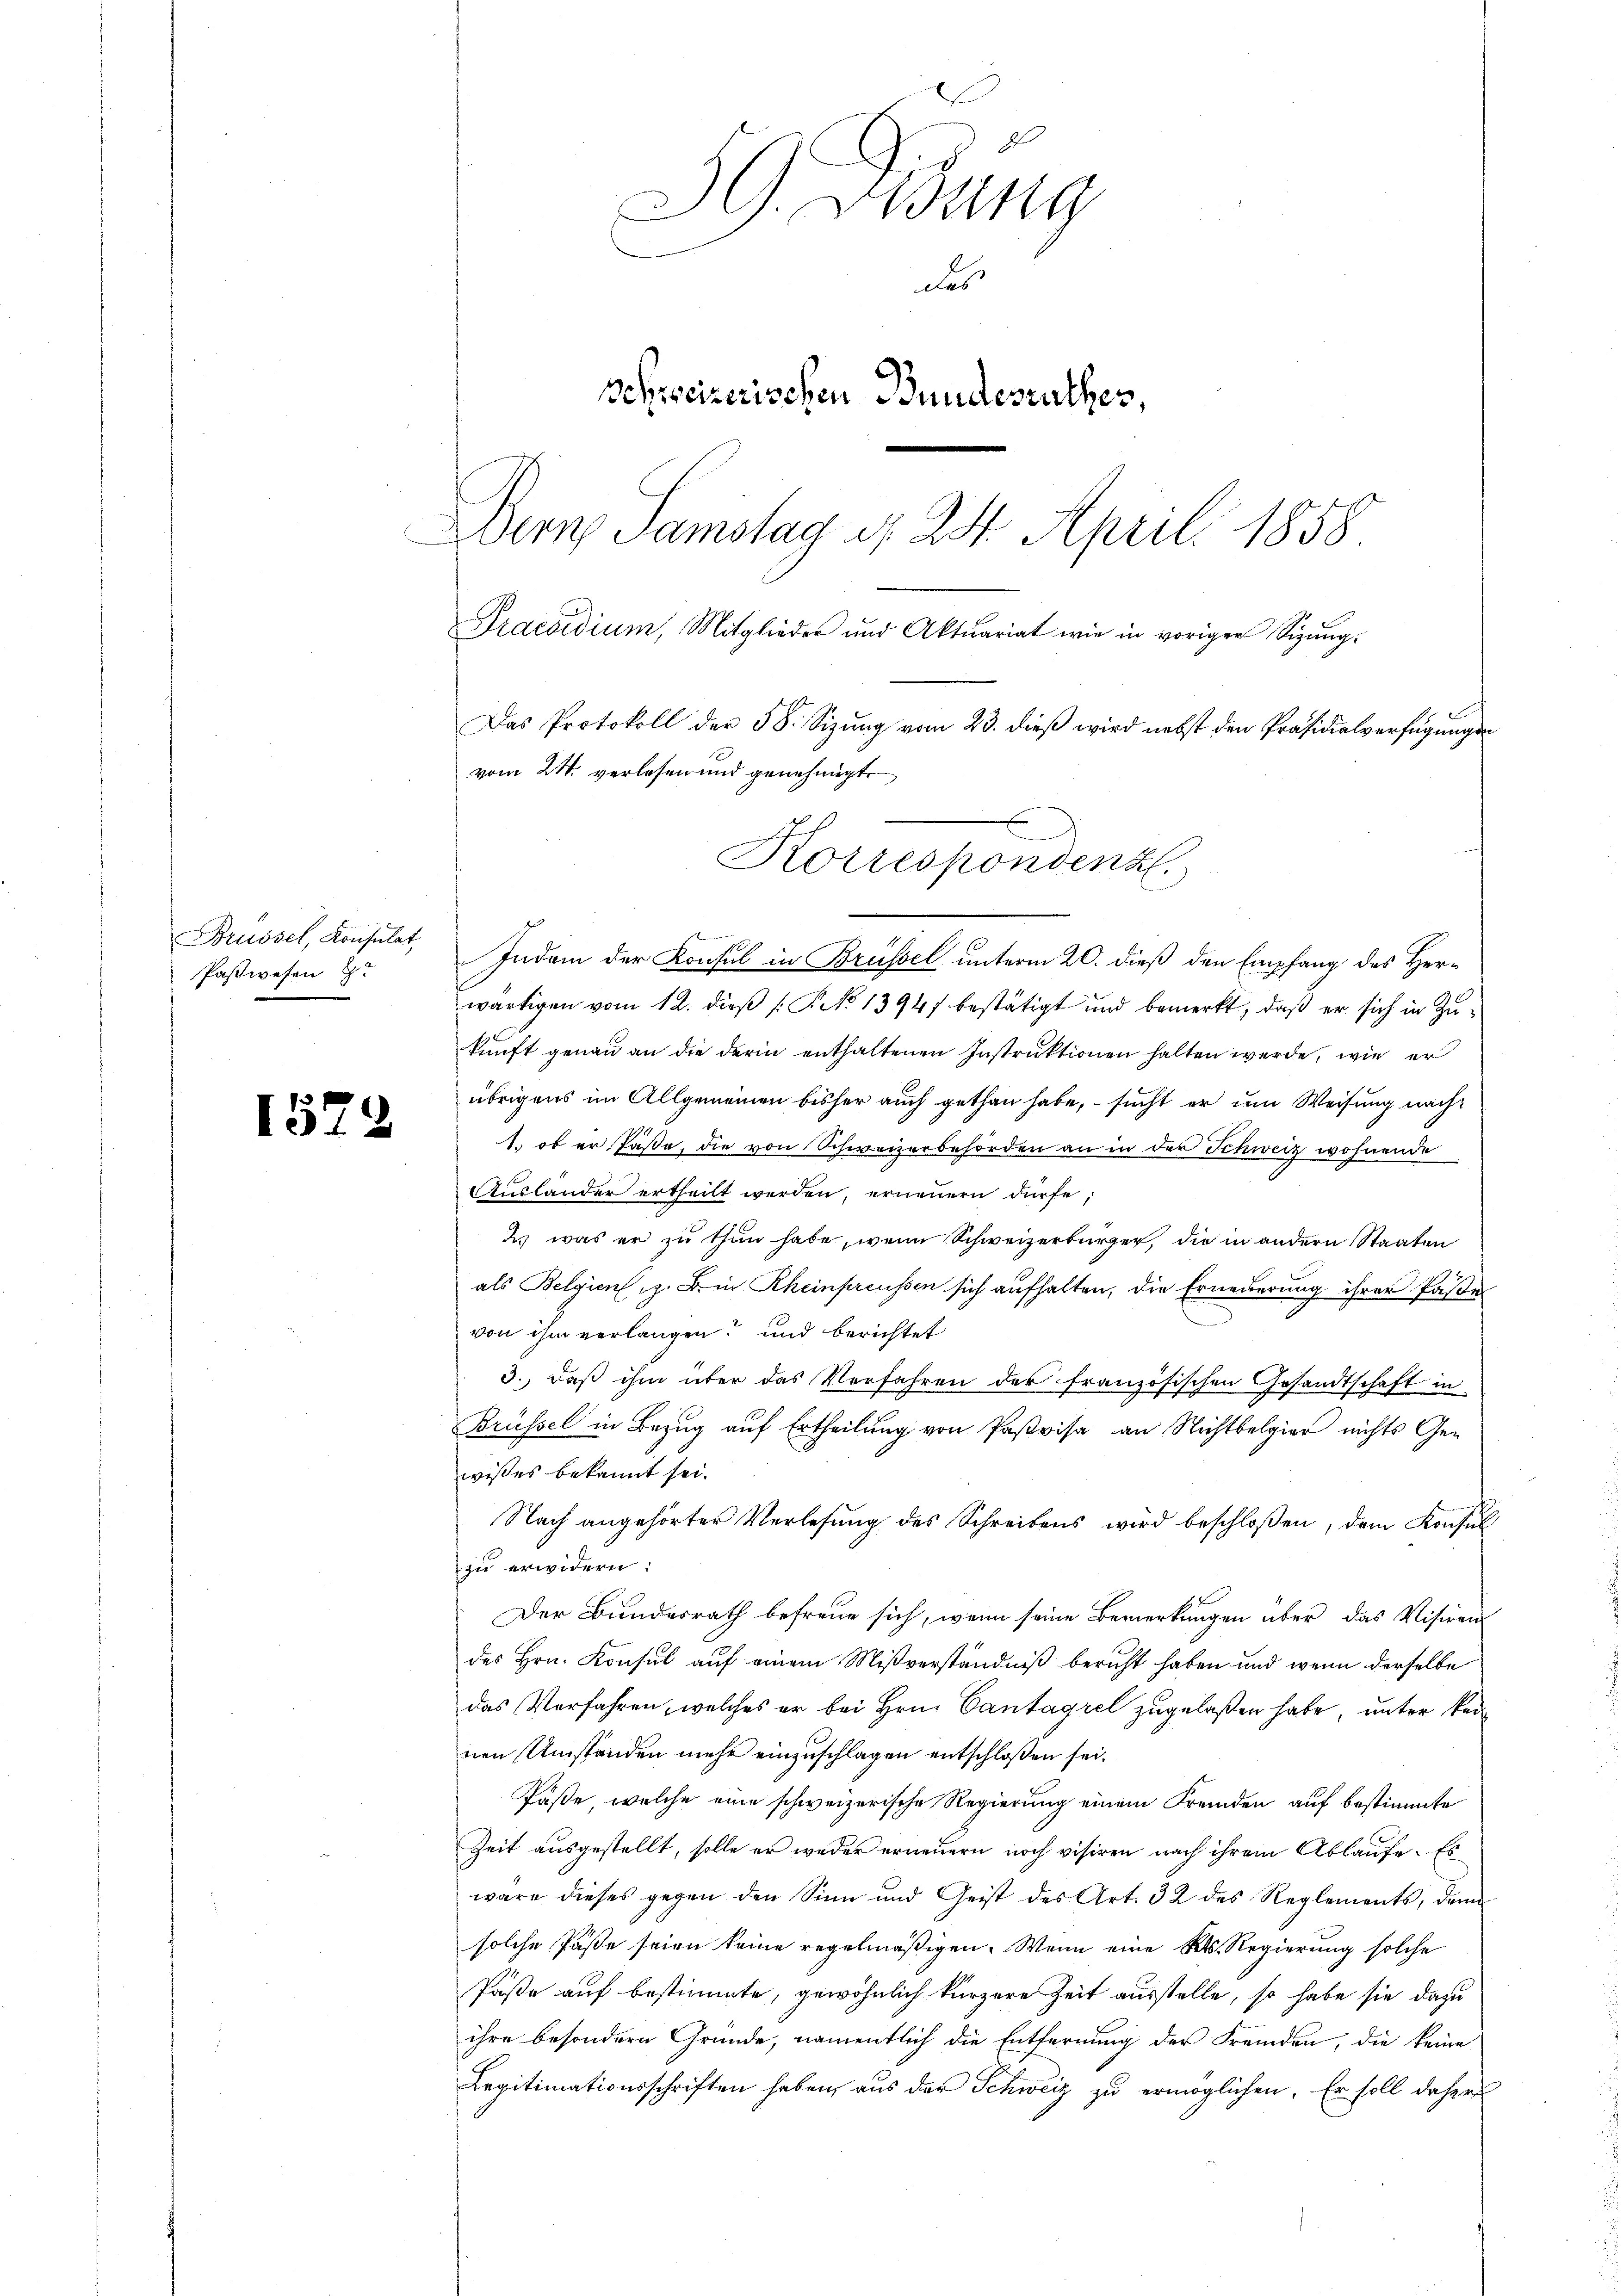
Brüssel, Konsulat
Paswesen Z

.
151

G. Zung
des
Behweizerischen Bundesrathes
Bern Samstag d. 24. April 1858
Praesidium, Mitglieder und Aktuariat wie in voriger Sigŭng.
Das Protokoll der 38. Sizung vom 23. dieß wird nebst den Präsidialverfügungen
vom 24. verlesen und genehmigt.
A
Korresponden

kennenen de
Indem der Konsul in Brüssel unterm 20. dieß den Empfang des Herr
wärtigen vom 12. dieß (: P. No 1394) bestätigt und bemerkt, daß er sich in Zukunft genau an die darin enthaltenen Instruktionen halten werde, wie er
übrigens im Allgemeinen bisher auch gethan habe, – sucht er um Weisung nach
1. ob er Pässe, die von Schweizerbehörden an in der Schweiz wohnende
Ausländer ertheilt werden, erneuern dürfe;
2) was er zu thun habe, wenn Schweizerbürger, die in andern Staaten
als Belgien z. B. in Rheinpreussen sich aufhalten, die Erneuerung ihrer Paße
von ihm verlangen? und berichtet
3., daß ihm über das Verfahren der französischen Gesandtschaft in
Brüssel in Bezug auf Ertheilung von Pasvisa an Nichtbelgier nichts Gewisses bekannt sei.
Nach angehörter Verlesung des Schreibens wird beschloßen, dem Konsul
zu erwidern:
Der Bundesrath befreue sich, wenn seine Bemerkungen über das Visiren-
des Hrn. Konsul auf einem Mißverständniß beruht haben und wenn derselbe
das Verfahren, welches er bei Hrn. Cantagrel zugelaßen habe, unter keinen Umständen mehr einzuschlagen entschloßen sei.
Päße, welche eine schweizerische Regierung einem Fremden auf bestimmte
Zeit ausgestellt, solle er weder erneuern noch visiren nach ihrem Ablaufe. Es
wäre dieses gegen den Sinn und Geist des Art. 32 des Reglements, dann
solche Pässe seien keine regelmäßigen. Wenn eine R. Regierung solche
Paße auf bestimmte, gewöhnlich kürzere Zeit ausstelle, so habe sie dazu
ihre besondern Gründe, namentlich die Entfernung der Fremden, die keine
Legitimationsschriften haben, aus der Schweiz zu ermöglichen. Er soll daher